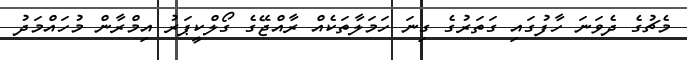
މެޗުގެ ދެވަނަ ހާފުގައި ގަތަރުގެ ގިނަ ހަމަލާތަކެއް ރާއްޖޭގެ ގޯލްކީޕަރު އިމްރާން މުހައްމަދު